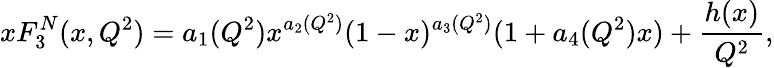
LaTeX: xF_{3}^{N}(x,Q^{2})=a_{1}(Q^{2})x^{a_{2}(Q^{2})}(1-x)^{a_{3}(Q^{2})}(1+a_{4}(Q^{2})x)+{\frac{h(x)}{Q^{2}}},